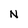
Character: N